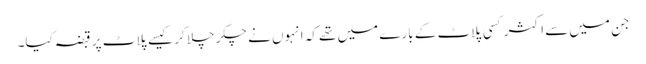
جن میں سے اکثر کسی پلاٹ کے بارے میں تھے کہ انہوں نے چکر چلا کر کیسے پلاٹ پر قبضہ کیا۔